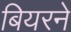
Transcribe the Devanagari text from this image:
बियरने